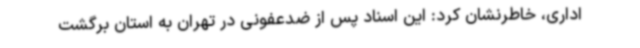
اداری، خاطرنشان کرد: این اسناد پس از ضدعفونی در تهران به استان برگشت